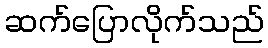
ဆက်ပြောလိုက်သည်